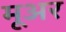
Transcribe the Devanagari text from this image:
मूअर